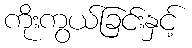
ကိုးကွယ်ခြင်းနှင့်